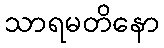
သာရမတိနော